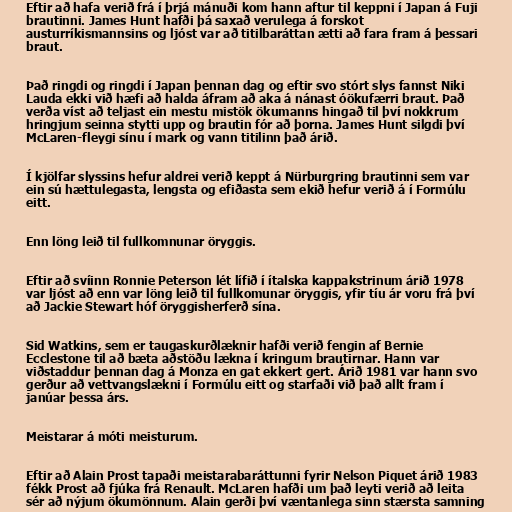
Eftir að hafa verið frá í þrjá mánuði kom hann aftur til keppni í Japan á Fuji
brautinni. James Hunt hafði þá saxað verulega á forskot
austurríkismannsins og ljóst var að titilbaráttan ætti að fara fram á þessari
braut.

Það ringdi og ringdi í Japan þennan dag og eftir svo stórt slys fannst Niki
Lauda ekki við hæfi að halda áfram að aka á nánast óökufærri braut. Það
verða víst að teljast ein mestu mistök ökumanns hingað til því nokkrum
hringjum seinna stytti upp og brautin fór að þorna. James Hunt silgdi því
McLaren-fleygi sínu í mark og vann titilinn það árið.

Í kjölfar slyssins hefur aldrei verið keppt á Nürburgring brautinni sem var
ein sú hættulegasta, lengsta og efiðasta sem ekið hefur verið á í Formúlu
eitt.

Enn löng leið til fullkomnunar öryggis.

Eftir að svíinn Ronnie Peterson lét lífið í ítalska kappakstrinum árið 1978
var ljóst að enn var löng leið til fullkomunar öryggis, yfir tíu ár voru frá því
að Jackie Stewart hóf öryggisherferð sína.

Sid Watkins, sem er taugaskurðlæknir hafði verið fengin af Bernie
Ecclestone til að bæta aðstöðu lækna í kringum brautirnar. Hann var
viðstaddur þennan dag á Monza en gat ekkert gert. Árið 1981 var hann svo
gerður að vettvangslækni í Formúlu eitt og starfaði við það allt fram í
janúar þessa árs.

Meistarar á móti meisturum.

Eftir að Alain Prost tapaði meistarabaráttunni fyrir Nelson Piquet árið 1983
fékk Prost að fjúka frá Renault. McLaren hafði um það leyti verið að leita
sér að nýjum ökumönnum. Alain gerði því væntanlega sinn stærsta samning